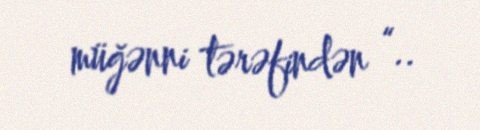
müğənni tərəfindən “..